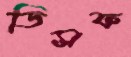
ডিসফ